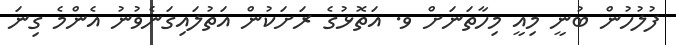
ފުލުހުން ބުނީ މިއީ މިހާތަނަށް ވ. އަތޮޅުގެ ރަށަކުން އަތުލައިގަނެވުނު އެންމެ ގިނަ